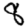
Digit: 8